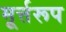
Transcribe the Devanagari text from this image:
मूर्त्तरूप